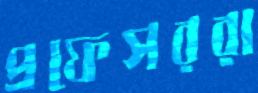
প্রফেসররা